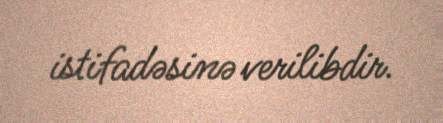
istifadəsinə verilibdir.